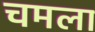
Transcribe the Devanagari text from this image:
चमला